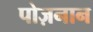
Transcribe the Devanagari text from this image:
पोज़नान